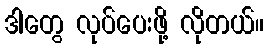
ဒါတွေ လုပ်ပေးဖို့ လိုတယ်။